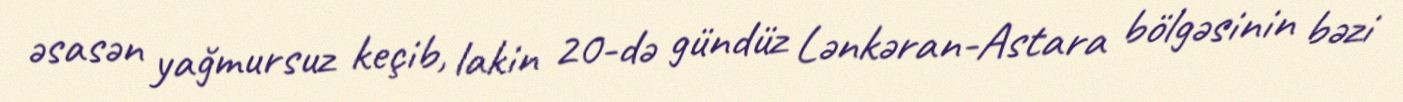
əsasən yağmursuz keçib, lakin 20-də gündüz Lənkəran-Astara bölgəsinin bəzi